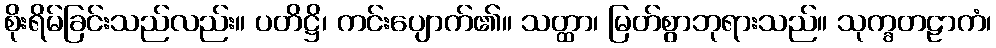
စိုးရိမ်ခြင်းသည်လည်း။ ပတိဋ္ဌိ၊ ကင်းပျောက်၏။ သတ္ထာ၊ မြတ်စွာဘုရားသည်။ သုက္ခတဠာကံ၊